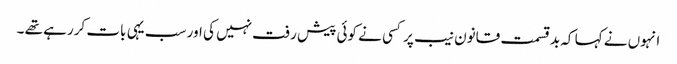
انہوں نے کہا کہ بدقسمت قانون نیب پر کسی نے کوئی پیش رفت نہیں کی اور سب یہی بات کررہے تھے ۔